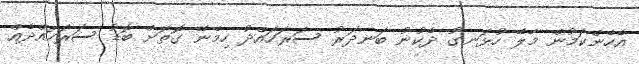
އެހެންކަމުން މާލޭ ހުޅަނގު ދެކުނު ބަނދަރު ސަރަހައްދު ހިމެނޭ ގޮތަށް ބޮޑު ސަރަހައްދެއް